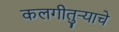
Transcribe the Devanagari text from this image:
कलगीतुर्‍याचे